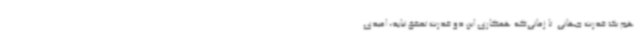
هم یک قدرت جهانی. تا زمانی‌که همکاری این دو قدرت تحقق نیابد، امیدی